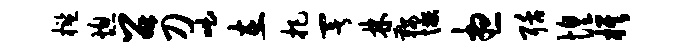
槛熄召刀咄在把署林鞍懒想聒惶旗